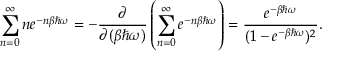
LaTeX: \sum _ { n = 0 } ^ { \infty } n e ^ { - n \beta \hbar \omega } = - { \frac { \partial } { \partial ( \beta \hbar \omega ) } } \left( \sum _ { n = 0 } ^ { \infty } e ^ { - n \beta \hbar \omega } \right) = { \frac { e ^ { - \beta \hbar \omega } } { ( 1 - e ^ { - \beta \hbar \omega } ) ^ { 2 } } } .